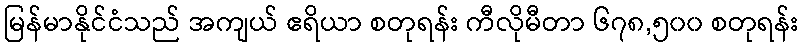
မြန်မာနိုင်ငံသည် အကျယ် ဧရိယာ စတုရန်း ကီလိုမီတာ ၆၇၈,၅၀၀ စတုရန်း